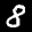
Label: 8